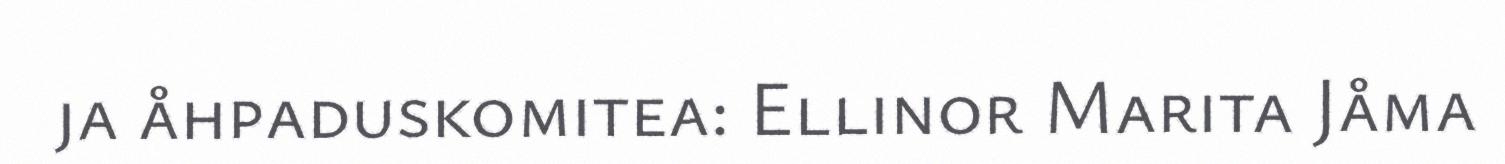
ja åhpaduskomitea: Ellinor Marita Jåma